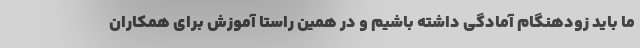
ما باید زودهنگام آمادگی داشته باشیم و در همین راستا آموزش برای همکاران